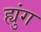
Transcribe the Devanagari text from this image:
ह्युंग